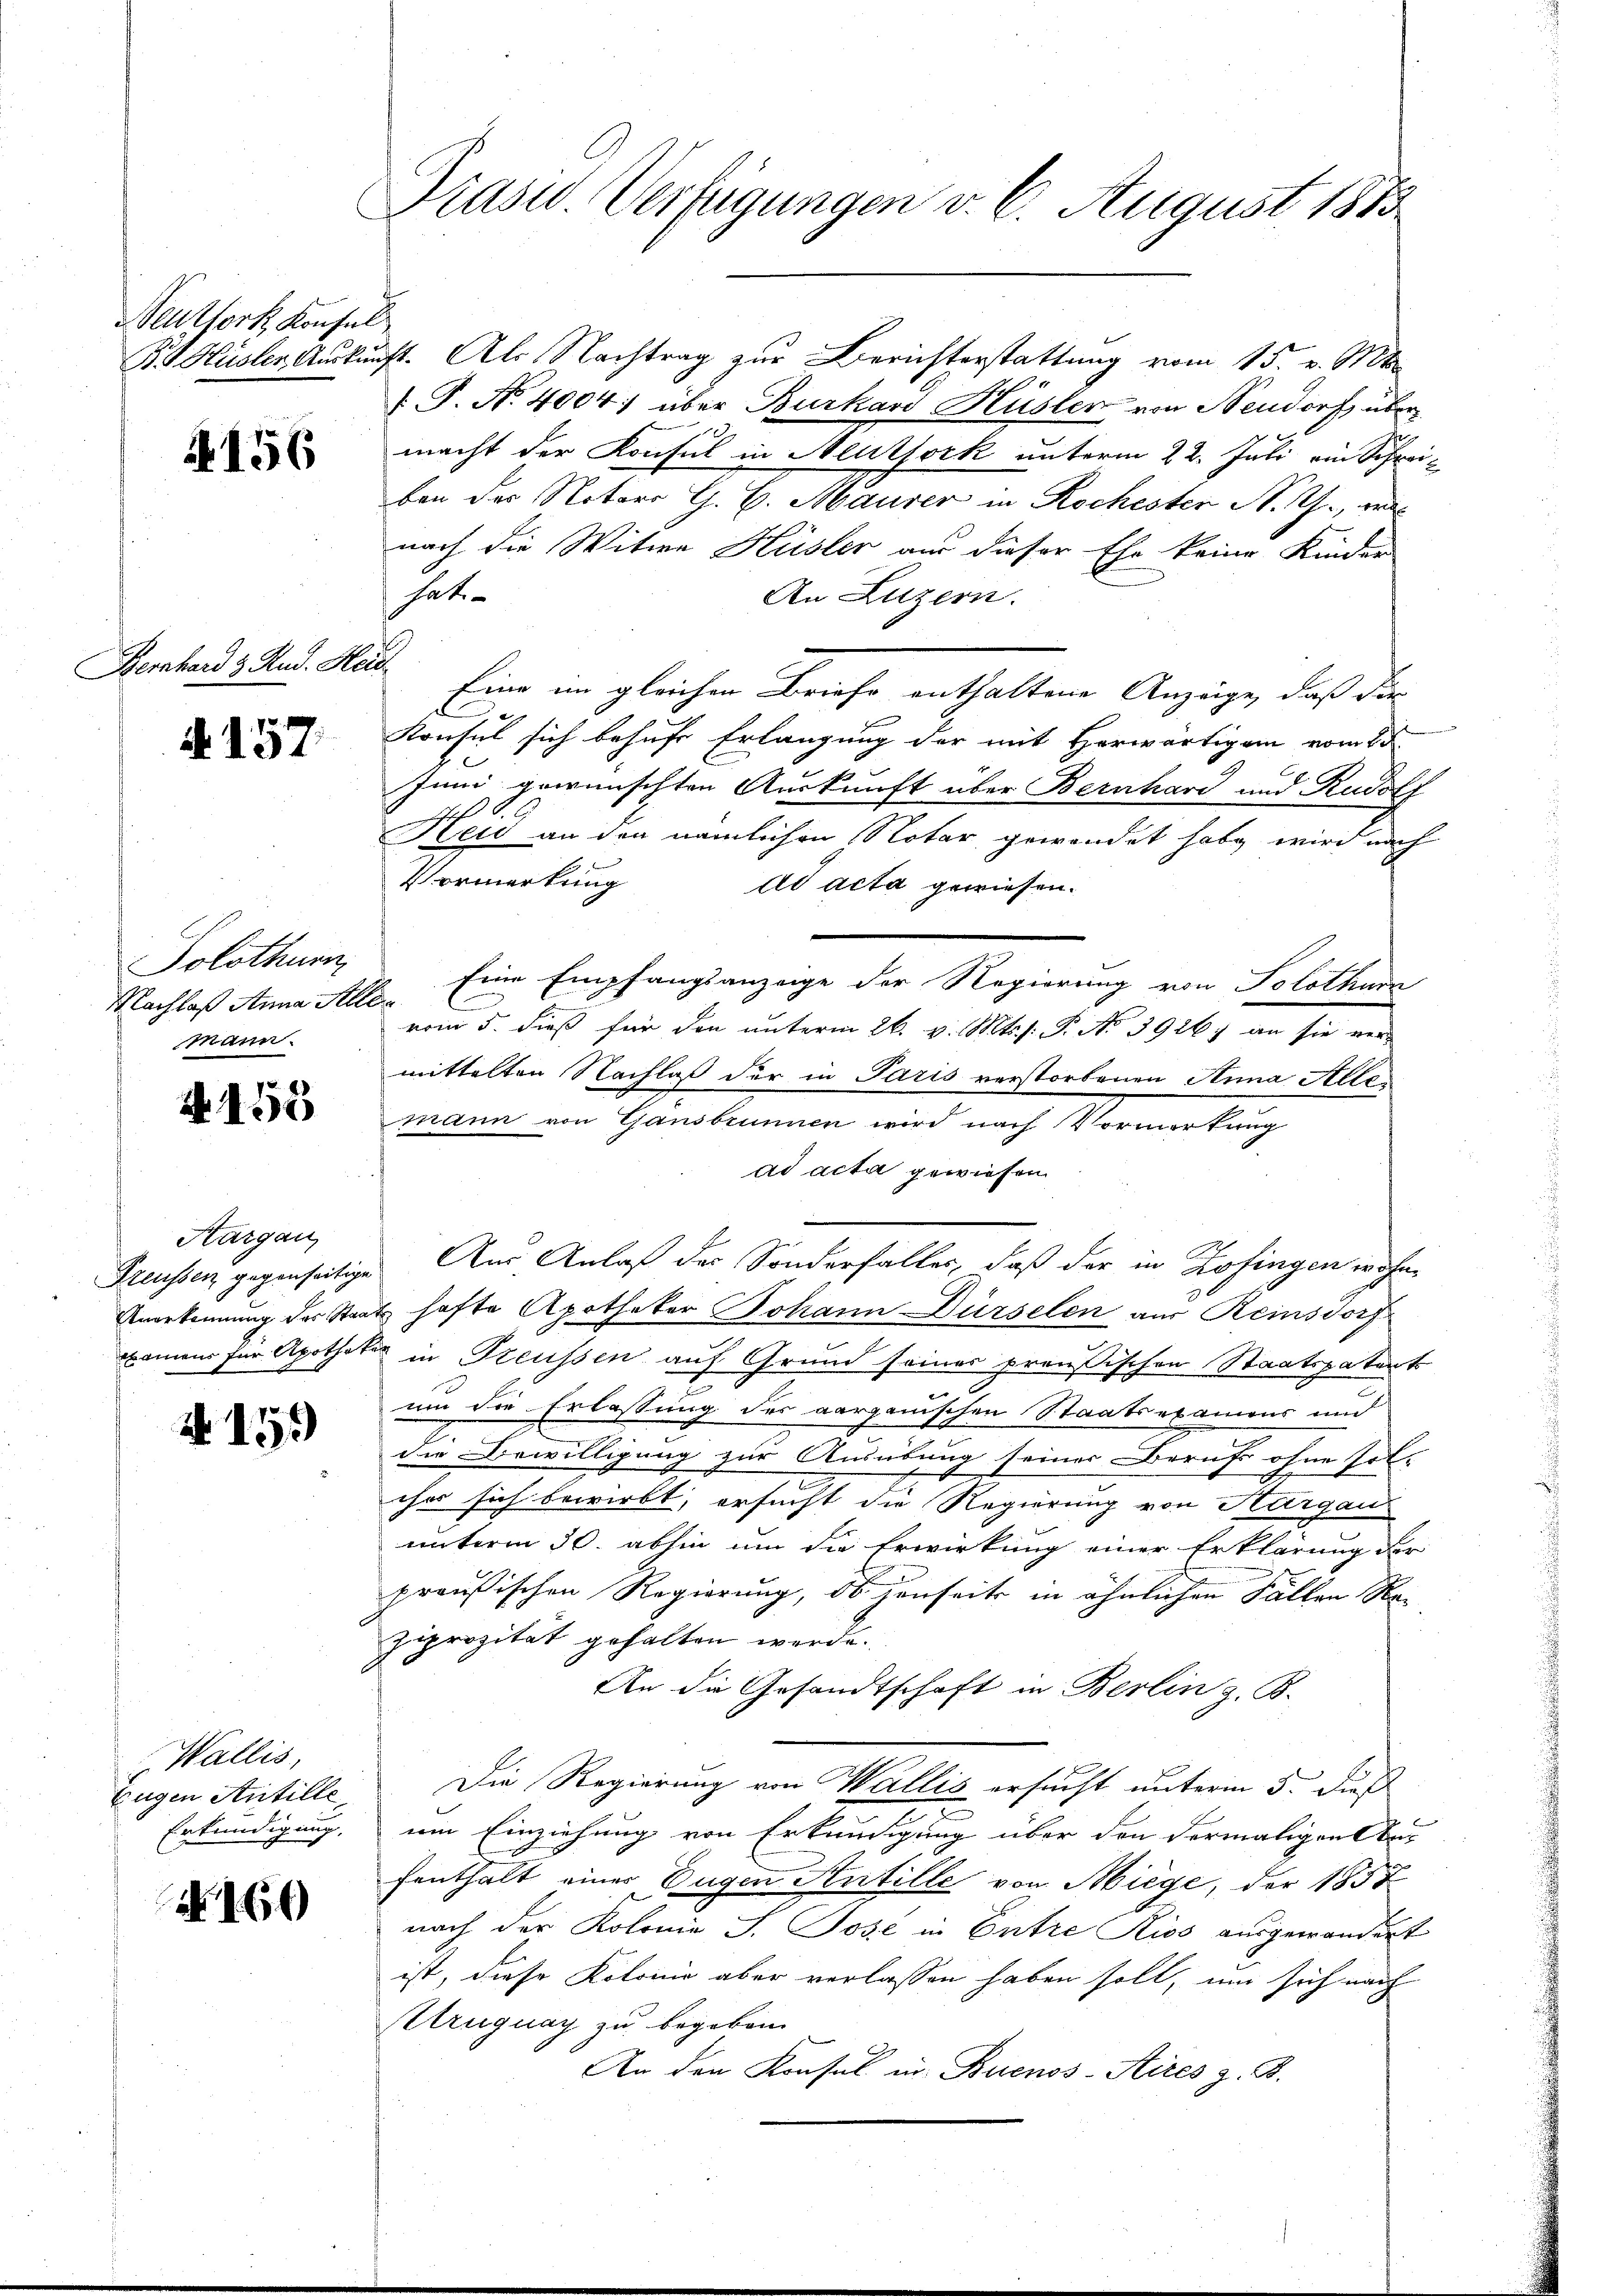
Beuthork, Konsul

4156

Bernhard & Rud. Heid

A 157

Solothurn
Nachlaß Anna Aller
mann.

N 155

Hargau,

N 15.

Wallis,
Eugen Antille
Erkundigung.

Nr. 160

Drasid. Vertigungen v. 6. August 1883

P. Hüsler Auskunft. Als Nachtrag zur Berichterstattung vom 15. v. Mts.
 P. No. 4004: über Burkavo Hüsler von Neudorf übermacht der Konsul in Neuthork unterm 22. Juli ein Schrei-
ben der Notar G. B. Maurer in Rochester N. Z., wel
nach die Witwe Hüsler aus dieser Ehe keine Kinder
habe
An Luzern.
Eine im gleichen Briefe enthaltene Anzüge, daß der
Konsul sich behufe Erlangung der mit Horwärtigen vom 25.
Juni gewünschten Auskunft über Bernhard und Rudolf
Sch
Zeid an den nämlichen Notar gewendet habe wird nach
Vormerkung
ad acta gewiesen.
Eine Empfangsanzeige der Regierung von Solothur
vom 5. dieß für den unterm 26. v. Mts. s. S. No 3926. an sie ver-
mittelten Nachlaß der in Paris verstorbenen Anna Alles
mann von Gansbrunnen wird nach Vormerkung
ad acta gewiesen.
Preusser gegenseitige Aus Anlaß der Sonderfalles, daß der in Zofingen wohn¬
Anerkennung der Staats hafte Apotheker Johann Dürselen aus Reinsdorf
examen für Apotheker in Preussen auf Grund seiner preußischen Staatspatent
um die Erlassung des aargauischen Staatsexamens und
die Bewilligung zur Ausübung seiner Beruf ohne sol-
cher sich bewirkt, ersucht die Regierung von Thurgau
unterm 30. abhin um die Erwirkung einer Erklärung der
preußischen Regierung, ob jenseits in ähnlichen Fällen Raziprozität gehalten werde.
An die Gesandtschaft in Berlin z. B.
Die Regierung von Wallis ersucht unterm 5. dieß
x
um Einziehung von Erkundigung über den dermaligen Anfenthalt einer Eugen Antille von Miege, der 1858
nach der Kolonia J. Jose in Entre Kies ausgewandert
ist, diese Kolonie aber verlassen haben soll, um sich nach
Struguay zu begeben.
An den Konsul in Buenos-Aires z. B.